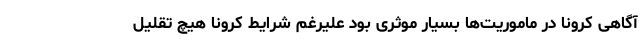
آگاهی کرونا در ماموریت‌ها بسیار موثری بود علیرغم شرایط کرونا هیچ تقلیل